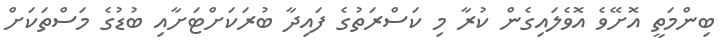
ބިންމަތީ އޮށޭވެ އޮވެލައިގެން ކުރާ މި ކަސްރަތުގެ ފައިދާ ބުރަކަށްޓަށާއި ބުޑުގެ މަސްތަކަށް